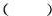
（ ）